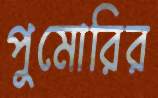
পুমোরির